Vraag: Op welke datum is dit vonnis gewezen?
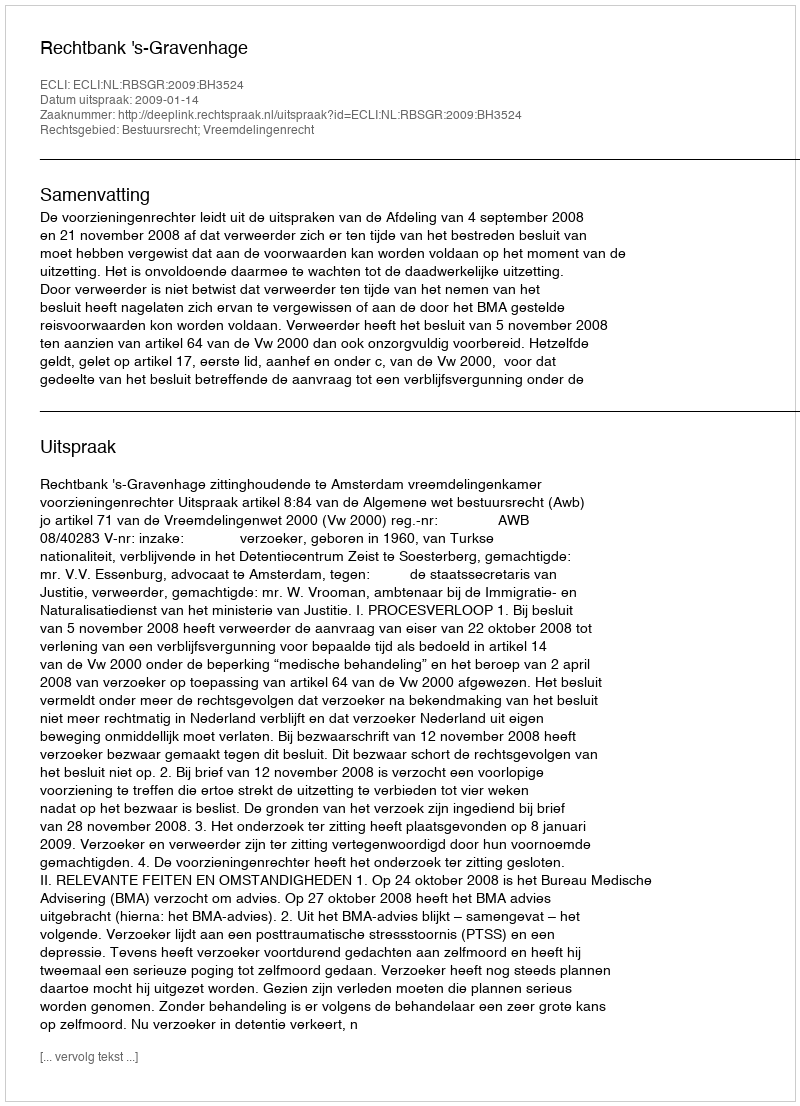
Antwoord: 2009-01-14